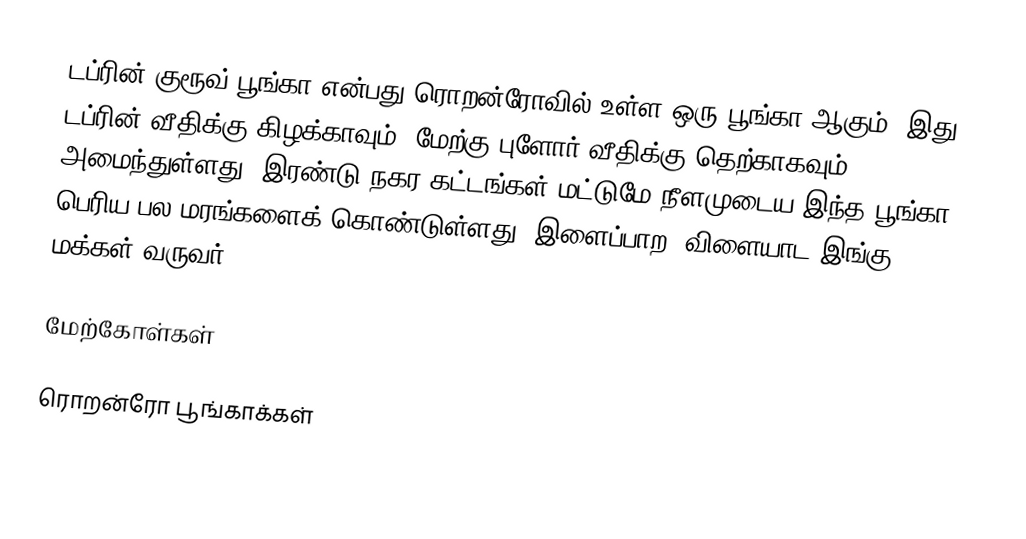
டப்ரின் குரூவ் பூங்கா என்பது ரொறன்ரோவில் உள்ள ஒரு பூங்கா ஆகும்.  இது டப்ரின் வீதிக்கு கிழக்காவும், மேற்கு புளோர் வீதிக்கு தெற்காகவும் அமைந்துள்ளது.  இரண்டு நகர கட்டங்கள் மட்டுமே நீளமுடைய இந்த பூங்கா பெரிய பல மரங்களைக் கொண்டுள்ளது.  இளைப்பாற, விளையாட இங்கு மக்கள் வருவர்.

மேற்கோள்கள்

ரொறன்ரோ பூங்காக்கள்